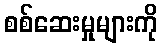
စစ်ဆေးမှုများကို